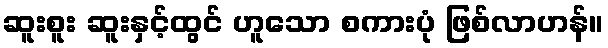
ဆူးစူး ဆူးနှင့်ထွင် ဟူသော စကားပုံ ဖြစ်လာဟန်။